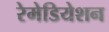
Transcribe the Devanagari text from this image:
रेमेडियेशन